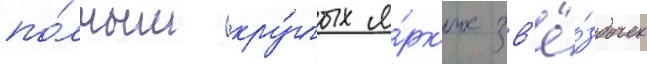
по́лным кру́глых я́рк'их зв'ё́здочек